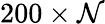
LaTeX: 200\times\mathcal{N}